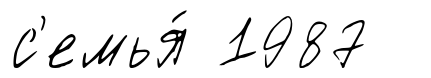
с'емья́ 1987